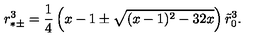
r _ { * \pm } ^ { 3 } = { \frac { 1 } { 4 } } \left( x - 1 \pm \sqrt { ( x - 1 ) ^ { 2 } - 3 2 x } \right) \tilde { r } _ { 0 } ^ { 3 } .